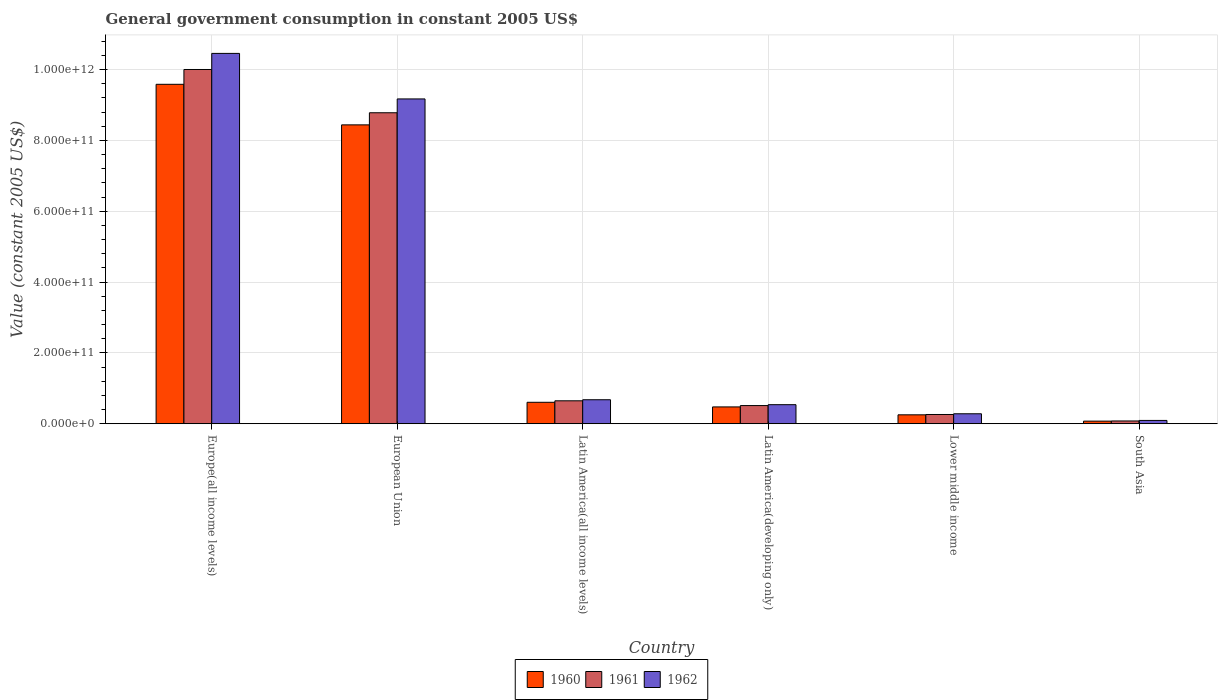
| Country | 1960 | 1961 | 1962 |
 | --- | --- | --- | --- |
 | Europe(all income levels) | 9.58e+11 | 1e+12 | 1.05e+12 |
 | European Union | 8.44e+11 | 8.78e+11 | 9.17e+11 |
 | Latin America(all income levels) | 6.06e+10 | 6.47e+10 | 6.77e+10 |
 | Latin America(developing only) | 4.75e+10 | 5.13e+10 | 5.38e+10 |
 | Lower middle income | 2.52e+10 | 2.61e+10 | 2.81e+10 |
 | South Asia | 7.34e+09 | 7.82e+09 | 9.32e+09 |